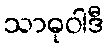
သာဓုဝါဒီ